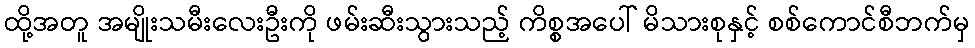
ထို့အတူ အမျိုးသမီးလေးဦးကို ဖမ်းဆီးသွားသည့် ကိစ္စအပေါ် မိသားစုနှင့် စစ်ကောင်စီဘက်မှ